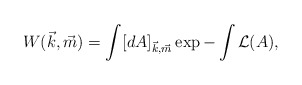
\begin{align*}W(\vec{k},\vec{m}) = \int [dA]_{\vec{k},\vec{m}} \exp - \int {\cal L}(A),\end{align*}